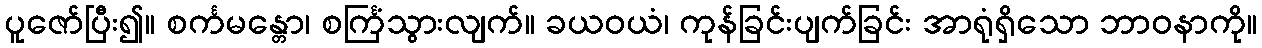
ပူဇော်ပြီး၍။ စင်္ကမန္တော၊ စင်္ကြံသွားလျက်။ ခယဝယံ၊ ကုန်ခြင်းပျက်ခြင်း အာရုံရှိသော ဘာဝနာကို။